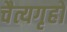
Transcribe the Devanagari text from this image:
चैत्यगृहों